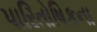
પારિતોષિકના